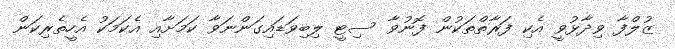
ޒުލްފާ ވިދާޅުވީ އެކި ފަރާތްތަކުން ފޮނުވާ ސިޓީ ލިބިވަޑައިގަންނަވާ ކަމަށާއި އެކަމަކު އެހީތެރިކަން